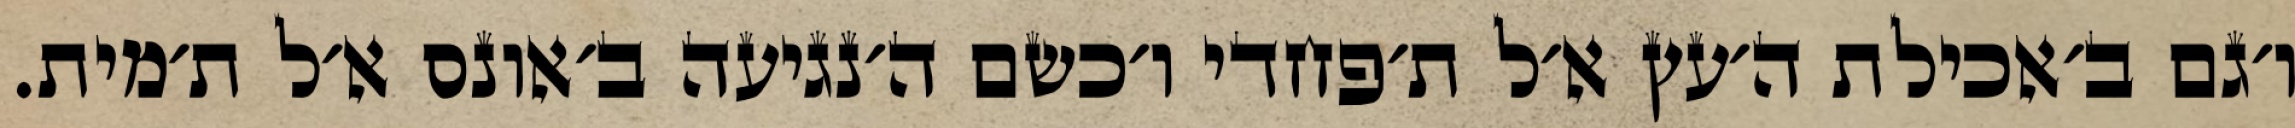
ו׳גם ב׳אכילת ה׳עץ א׳ל ת׳פחדי ו׳כשם ה׳נגיעה ב׳אונס א׳ל ת׳מית.